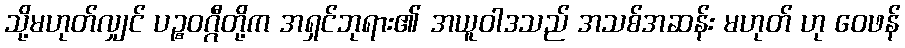
သို့မဟုတ်လျှင် ပဉ္စဝဂ္ဂီတို့က အရှင်ဘုရား၏ အယူဝါဒသည် အသစ်အဆန်း မဟုတ် ဟု ဝေဖန်